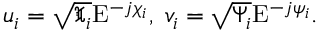
u _ { i } = \sqrt { \mathfrak { X } _ { i } } \mathrm { E } ^ { - j \chi _ { i } } , \; v _ { i } = \sqrt { \Psi _ { i } } \mathrm { E } ^ { - j \psi _ { i } } .